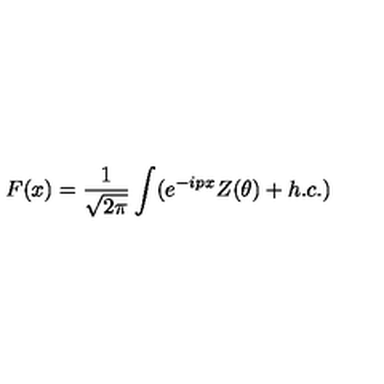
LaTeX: F ( x ) = \frac { 1 } { \sqrt { 2 \pi } } \int ( e ^ { - i p x } Z ( \theta ) + h . c . )